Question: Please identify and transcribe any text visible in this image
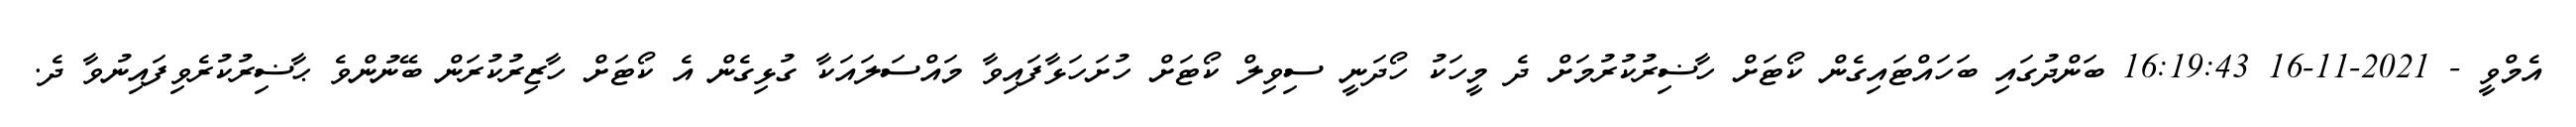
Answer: އެމްވީ - 2021-11-16 16:19:43 ބަންދުގައި ބަހައްޓައިގެން ކޯޓަށް ހާޟިރުކުރުމަށް ދެ މީހަކު ހޯދަނީ ސިވިލް ކޯޓަށް ހުށަހަޅާފައިވާ މައްސަލައަކާ ގުޅިގެން އެ ކޯޓަށް ހާޒިރުކުރަން ބޭނުންވެ ޙާޟިރުކުރެވިފައިނުވާ ދެ.